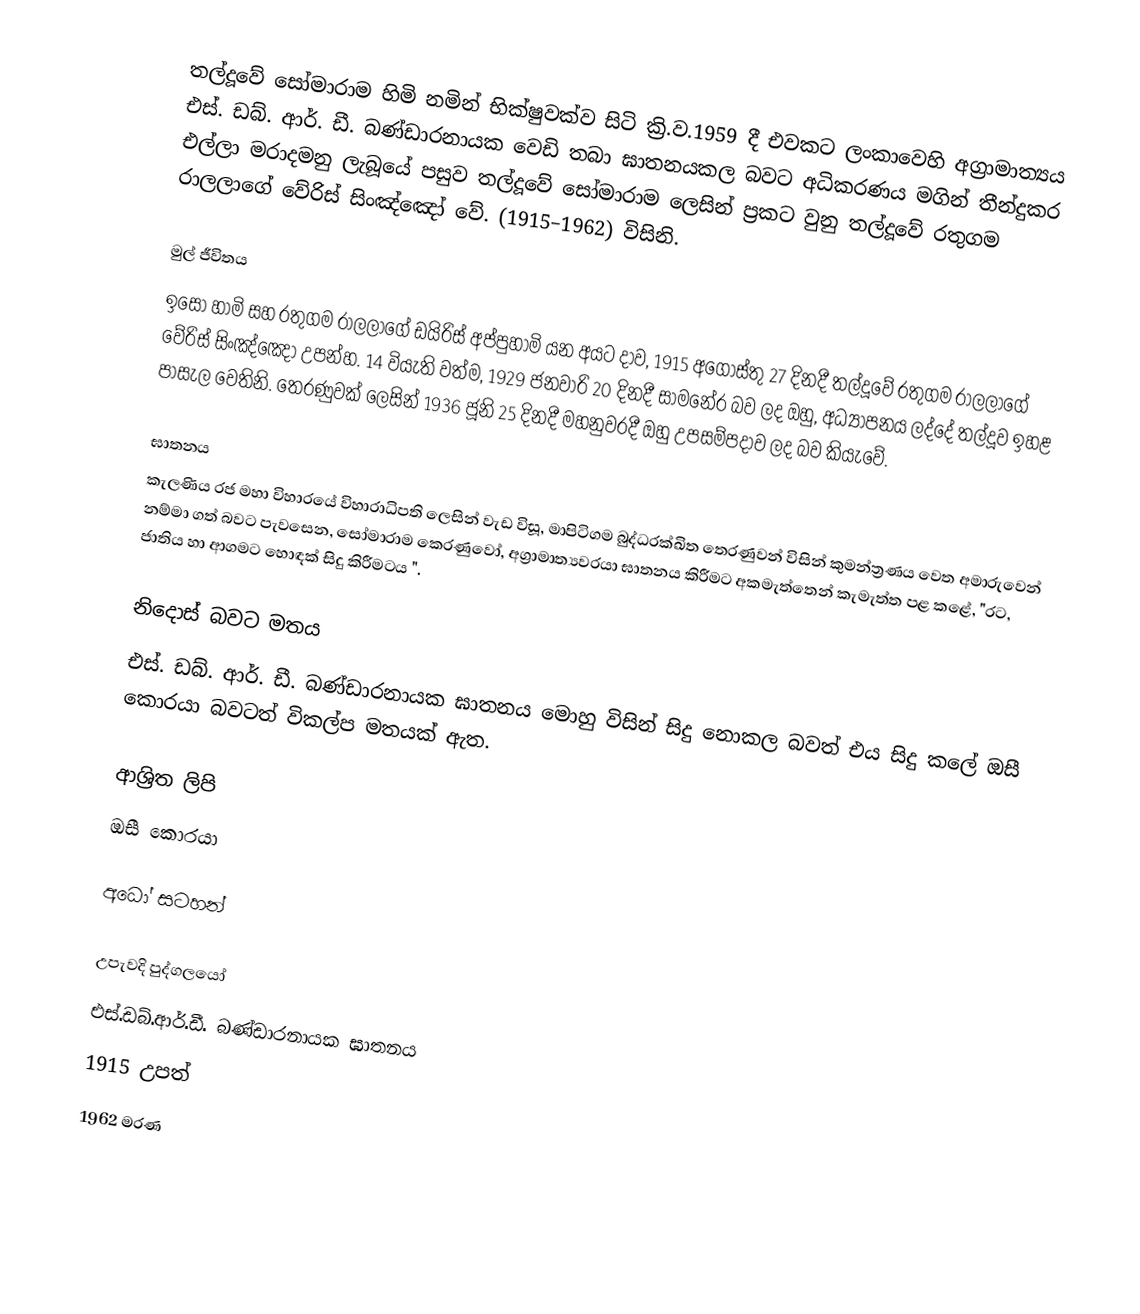
තල්දූවේ සෝමාරාම හිමි  නමින් භික්ෂුවක්ව සිටි ක්‍රි.ව.1959 දී එවකට ලංකාවෙහි අග්‍රාමාත්‍යය එස්. ඩබ්. ආර්. ඩී. බණ්ඩාරනායක වෙඩි තබා ඝාතනයකල බවට අධිකරණය මගින් තීන්දුකර එල්ලා මරාදමනු ලැබූයේ පසුව තල්දූවේ සෝමාරාම ලෙසින් ප්‍රකට වුනු තල්දූවේ රතුගම රාලලාගේ වේරිස් සිංඤ්ඤෝ වේ. (1915–1962) විසිනි.

මුල් ජීවිතය
ඉසෝ හාමි සහ රතුගම රාලලාගේ ඩයිරිස් අප්පුහාමි යන අයට දාව, 1915 අගෝස්තු 27 දිනදී තල්දූවේ රතුගම රාලලාගේ වේරිස් සිංඤ්ඤෝ උපන්හ.  14 වියැති වත්ම, 1929 ජනවාරි 20 දිනදී  සාමනේර බව ලද ඔහු, අධ්‍යාපනය ලද්දේ තල්දූව ඉහළ පාසැල වෙතිනි. තෙරණුවක් ලෙසින් 1936 ජූනි 25 දිනදී  මහනුවරදී ඔහු  උපසම්පදාව ලද බව කියැවේ.

ඝාතනය
කැලණිය රජ මහා විහාරයේ විහාරාධිපති ලෙසින් වැඩ විසූ,  මාපිටිගම බුද්ධරක්ඛිත තෙරණුවන් විසින් කුමන්ත්‍රණය වෙත අමාරුවෙන් නම්මා ගත් බවට පැවසෙන,   සෝමාරාම කෙරණුවෝ, අග්‍රාමාත්‍යවරයා ඝාතනය කිරීමට අකමැත්තෙන් කැමැත්ත පළ කළේ, "රට, ජාතිය හා ආගමට හොඳක් සිදු කිරීමටය ".

නිදොස් බවට මතය
එස්. ඩබ්. ආර්. ඩී. බණ්ඩාරනායක ඝාතනය මොහු විසින් සිදු නොකල බවත් එය සිදු කලේ ඔසී කොරයා බවටත් විකල්ප මතයක් ඇත.

ආශ්‍රිත ලිපි
 ඔසී කොරයා

අධෝ සටහන්

උපැවදි පුද්ගලයෝ
එස්.ඩබ්.ආර්.ඩී. බණ්ඩාරනායක ඝාතනය
1915 උපත්
1962 මරණ